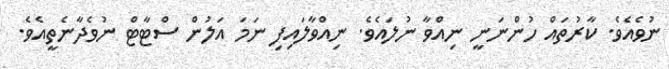
ނުވެއެވެ. ކާރުތައް ހުންނަނީ ނިއްވާ ނުލައެވެ. ނިއްވާލައިފި ނަމަ އަލުން ސްޓާޓް ނުވެދާނެތީއެވެ.